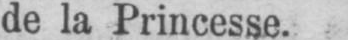
de la Princesse.